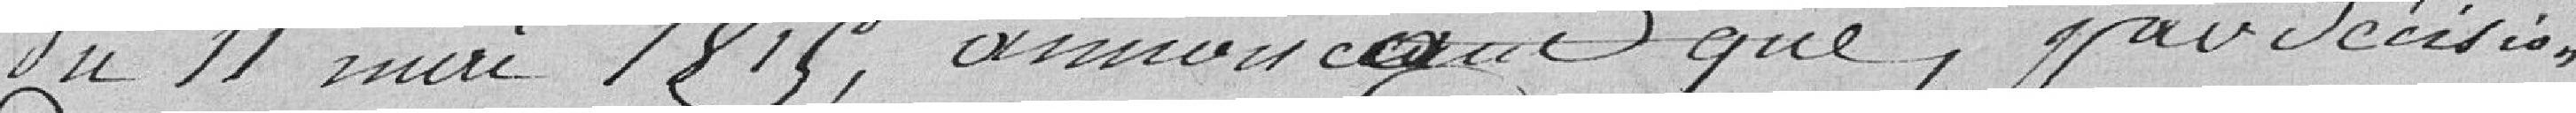
du 11 mai 1815, annonçant que, par décision